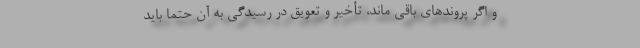
و اگر پروندهای باقی ماند، تأخیر و تعویق در رسیدگی به آن حتماً باید